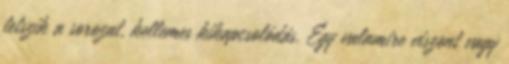
tetszik a sorozat, kellemes kikapcsolódás. Egy valamire viszont vagy